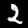
Digit: 2